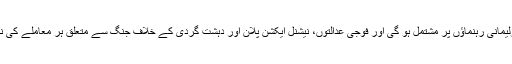
یہ کمیٹی تمام پارلیمانی رہنماؤں پر مشتمل ہو گی اور فوجی عدالتوں، نیشنل ایکشن پلان اور دہشت گردی کے خلاف جنگ سے متعلق ہر معاملے کی نگرانی کرے گی۔